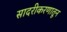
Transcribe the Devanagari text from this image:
सादरीकरणातून